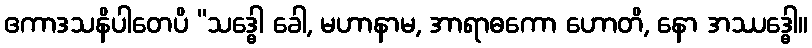
ဧကာဒသနိပါတေပိ “သဒ္ဓေါ ခေါ, မဟာနာမ, အာရာဓကော ဟောတိ, နော အဿဒ္ဓေါ။